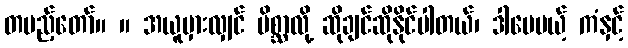
တပည့်တော်။ ။ အယူမှားလျှင် မိစ္ဆာလို့ ဆိုချင်ဆိုနိုင်ပါတယ်၊ ဒါပေမယ့် ကံနှင့်